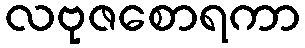
လဗုဇစောရကာ